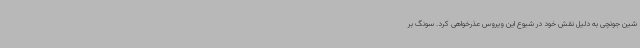
شین جونچی به دلیل نقش خود در شیوع این ویروس عذرخواهی کرد. سونگ بر